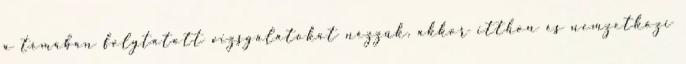
a témában folytatott vizsgálatokat nézzük, akkor itthon és nemzetközi